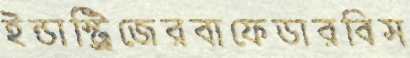
ইন্ডাস্ট্রিজেরবাফেডারবিস